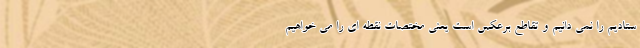
ستادیم را نمی دانیم و تقاطع برعکس است یعنی مختصات نقطه ای را می خواهیم